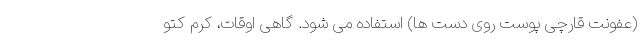
(عفونت قارچی پوست روی دست ها) استفاده می شود. گاهی اوقات، کرم کتو